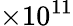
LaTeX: \times 10^{11}